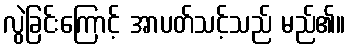
လွဲခြင်းကြောင့် အာပတ်သင့်သည် မည်၏။